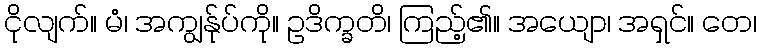
ငိုလျက်။ မံ၊ အကျွန်ုပ်ကို။ ဥဒိက္ခတိ၊ ကြည့်၏။ အယျော၊ အရှင်။ တေ၊